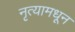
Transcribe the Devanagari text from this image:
नृत्यामधून